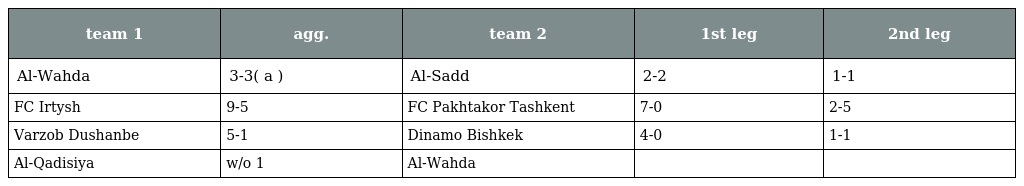
| team 1 | agg. | team 2 | 1st leg | 2nd leg |
 | --- | --- | --- | --- | --- |
 | Al-Wahda | 3-3( a ) | Al-Sadd | 2-2 | 1-1 |
 | FC Irtysh | 9-5 | FC Pakhtakor Tashkent | 7-0 | 2-5 |
 | Varzob Dushanbe | 5-1 | Dinamo Bishkek | 4-0 | 1-1 |
 | Al-Qadisiya | w/o 1 | Al-Wahda |  |  |